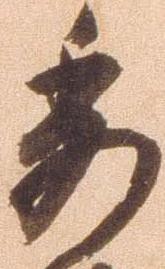
委